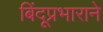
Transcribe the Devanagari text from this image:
बिंदूप्रभाराने